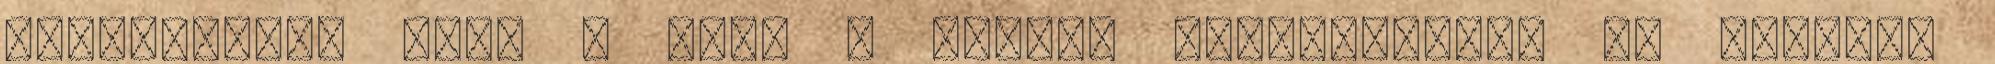
gyengébbek, mint a ﬁúk. A szülői választásban is mérhető